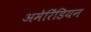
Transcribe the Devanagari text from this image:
अमेरिंडियन